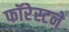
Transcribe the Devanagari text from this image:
फॉरेस्टने